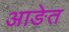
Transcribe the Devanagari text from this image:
आङेत